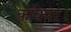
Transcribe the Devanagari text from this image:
कविवर।